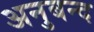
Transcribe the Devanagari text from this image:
अनुबन्द